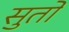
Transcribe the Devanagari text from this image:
सुतों